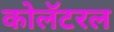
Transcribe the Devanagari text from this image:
कोलॅटरल